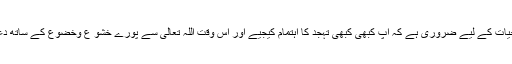
‘‘ مقصدِ حیات کے لیے ضروری ہے کہ آپ کبھی کبھی تہجد کا اہتمام کیجیے اور اس وقت اللہ تعالیٰ سے پورے خشو ع وخضوع کے ساتھ دعا کیجیے۔